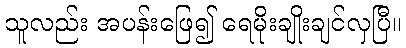
သူလည်း အပန်းဖြေ၍ ရေမိုးချိုးချင်လှပြီ။